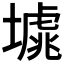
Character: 𡐸